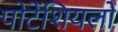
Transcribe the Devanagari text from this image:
पोटेंशियलों